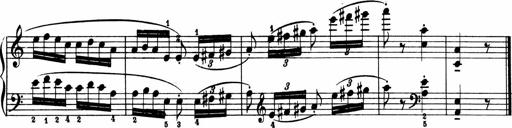
Title: 2 Sonatinen
Composer: Lambertus Adrianus van Tetterode